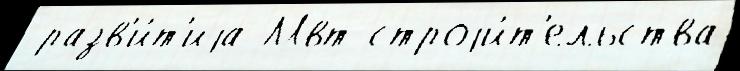
 разв'и́т'иjа Мвт строjи́т'ельства